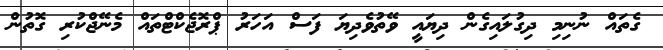
ގެތައް ނުނިމި ދިގުލައިގެން ދިޔައީ ވޭތުވެދިޔަ ފަސް އަހަރު ޕްރޮޖެކްޓްތައް މެނޭޖްކުރި ގޮތުން